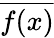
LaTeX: \overline{{f(x)}}